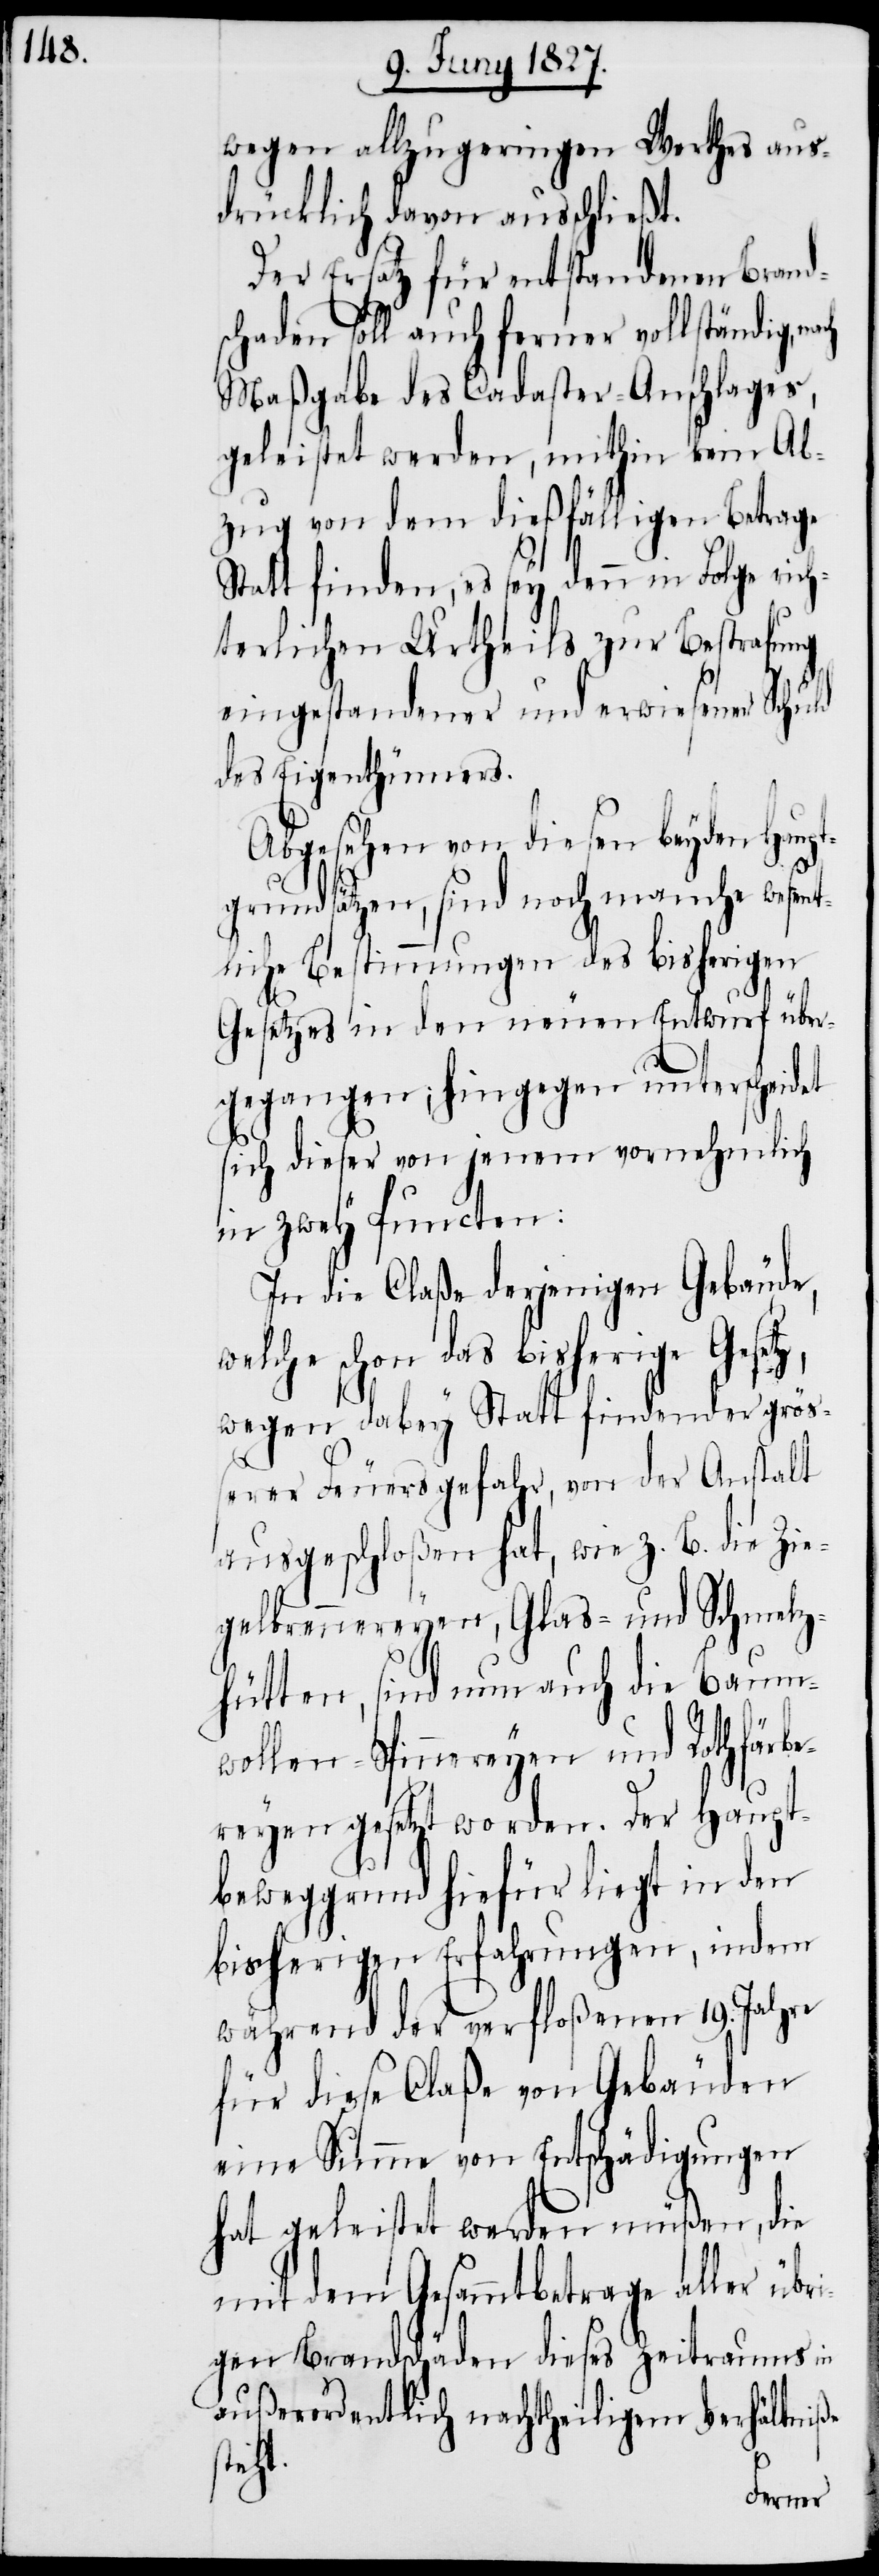
wegen allzugeringen Werthes aus¬
drücklich davon ausschließt.
Der Ersatz für entstandenen Brand¬
schaden soll auch ferner vollständig,
Maßgabe des Cadaster-Anschlages,
geleistet werden, mithin kein Ab¬
zug von dem dießfälligen Betrage
Statt finden, es sey denn in Folge rich¬
terlichen Urtheils zur Bestrafung
eingestandener und erwiesener Schuld
des Eigenthümers.
Abgesehen von diesen beyden Haup¬
tgrundsätzen, sind noch manche wesent¬
liche Bestimmungen des bisherigen
Gesetzes in den neuen Entwurf über¬
gegangen; hingegen unterscheidet
sich dieser von jenem vornehmlich
in zwey Puncten:
In die Claße derjenigen Gebäude,
welche schon das bisherige Gese¬
wegen dabey Statt findenden größ¬
erer Feuersgefahr, von der Anstalt
ausgeschloßen hat, wie z. B. die Zie¬
gelbrennereyen, Glas- und Schmelz¬
hütten, sind nun auch die Baum¬
wollen-Spinnereyen und Rothfärb¬
ereyen gesetzt worden. Der Haupt¬
beweggrund hiefür liegt in den
bisherigen Erfahrungen, indem
während der verfloßenen 19. Jahre
für diese Claße von Gebäuden
eine Summe von Entschädigungen
hat geleistet werden müßen, die
mit dem Gesammtbetrage aller übr¬
igen Brandschäden dieses Zeitraums in
außerordentlich nachtheiligem Verhältniße
t.